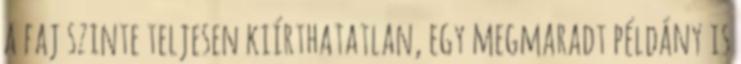
a faj szinte teljesen kiírthatatlan, egy megmaradt példány is